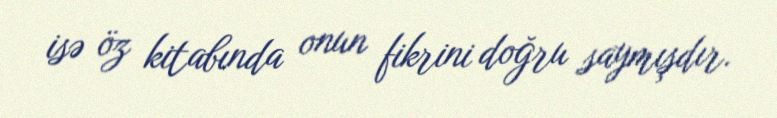
isə öz kitabında onun fikrini doğru saymışdır.